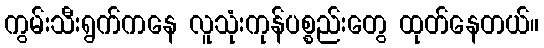
ကွမ်းသီးရွက်ကနေ လူသုံးကုန်ပစ္စည်းတွေ ထုတ်နေတယ်။